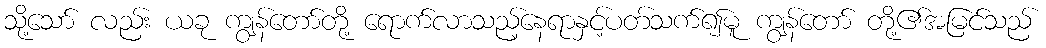
သို့သော် လည်း ယခု ကျွန်တော်တို့ ရောက်လာသည့်နေရာနှင့်ပတ်သက်၍မူ ကျွန်တော် တို့၏အမြင်သည်